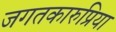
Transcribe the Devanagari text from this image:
जगतकारुप्रिया